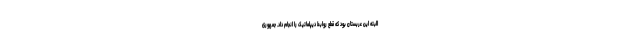
البته این عربستان بود که قطع روابط دیپلماتیک را انجام داد. جمهوری